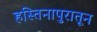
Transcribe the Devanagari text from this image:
हस्तिनापुरातून